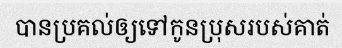
បានប្រគល់ឲ្យទៅកូនប្រុសរបស់គាត់